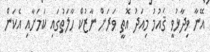
އޭނާ ވިދާޅުވީ ޤައުމު މިއަދު އޮތީ ވަރަށް ނާޒުކް ހާލަތުގައި ކަމަށާއި އެކަން